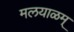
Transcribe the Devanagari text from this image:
मलयाळम्